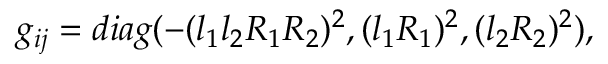
g _ { i j } = d i a g ( - ( l _ { 1 } l _ { 2 } R _ { 1 } R _ { 2 } ) ^ { 2 } , ( l _ { 1 } R _ { 1 } ) ^ { 2 } , ( l _ { 2 } R _ { 2 } ) ^ { 2 } ) ,